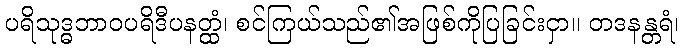
ပရိသုဒ္ဓဘာဝပရိဒီပနတ္ထံ၊ စင်ကြယ်သည်၏အဖြစ်ကိုပြခြင်းငှာ။ တဒနန္တရံ၊